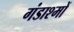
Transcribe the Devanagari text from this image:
गंडाश्मों